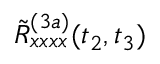
\tilde { R } _ { x x x x } ^ { ( 3 a ) } ( t _ { 2 } , t _ { 3 } )